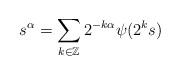
LaTeX: \begin{align*} s^{\alpha}=\sum_{k \in \mathbb{Z}} 2^{- k\alpha} \psi(2^{k} s)\end{align*}